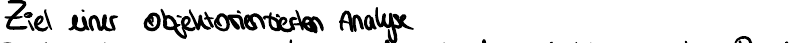
Ziel einer objektorientierten Analyse